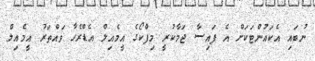
ނުބައި އެކައުންޓަކަށް އެ ފައިސާ ޖަމާކުރީ މިފްކޯގެ އީމެއިލް އެޑްރެހާ ވައްތަރު އީމެއިލް